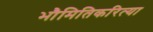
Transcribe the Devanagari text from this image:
भौमितिकरित्या